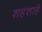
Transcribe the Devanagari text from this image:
शहंशाहे